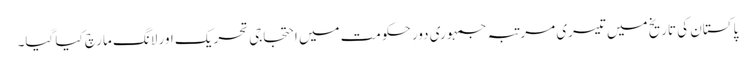
پاکستان کی تاریخ میں تیسری مرتبہ جمہوری دورِ حکومت میں احتجاجی تحریک اور لانگ مارچ کیا گیا۔